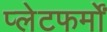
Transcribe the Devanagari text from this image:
प्‍लेटफर्मों